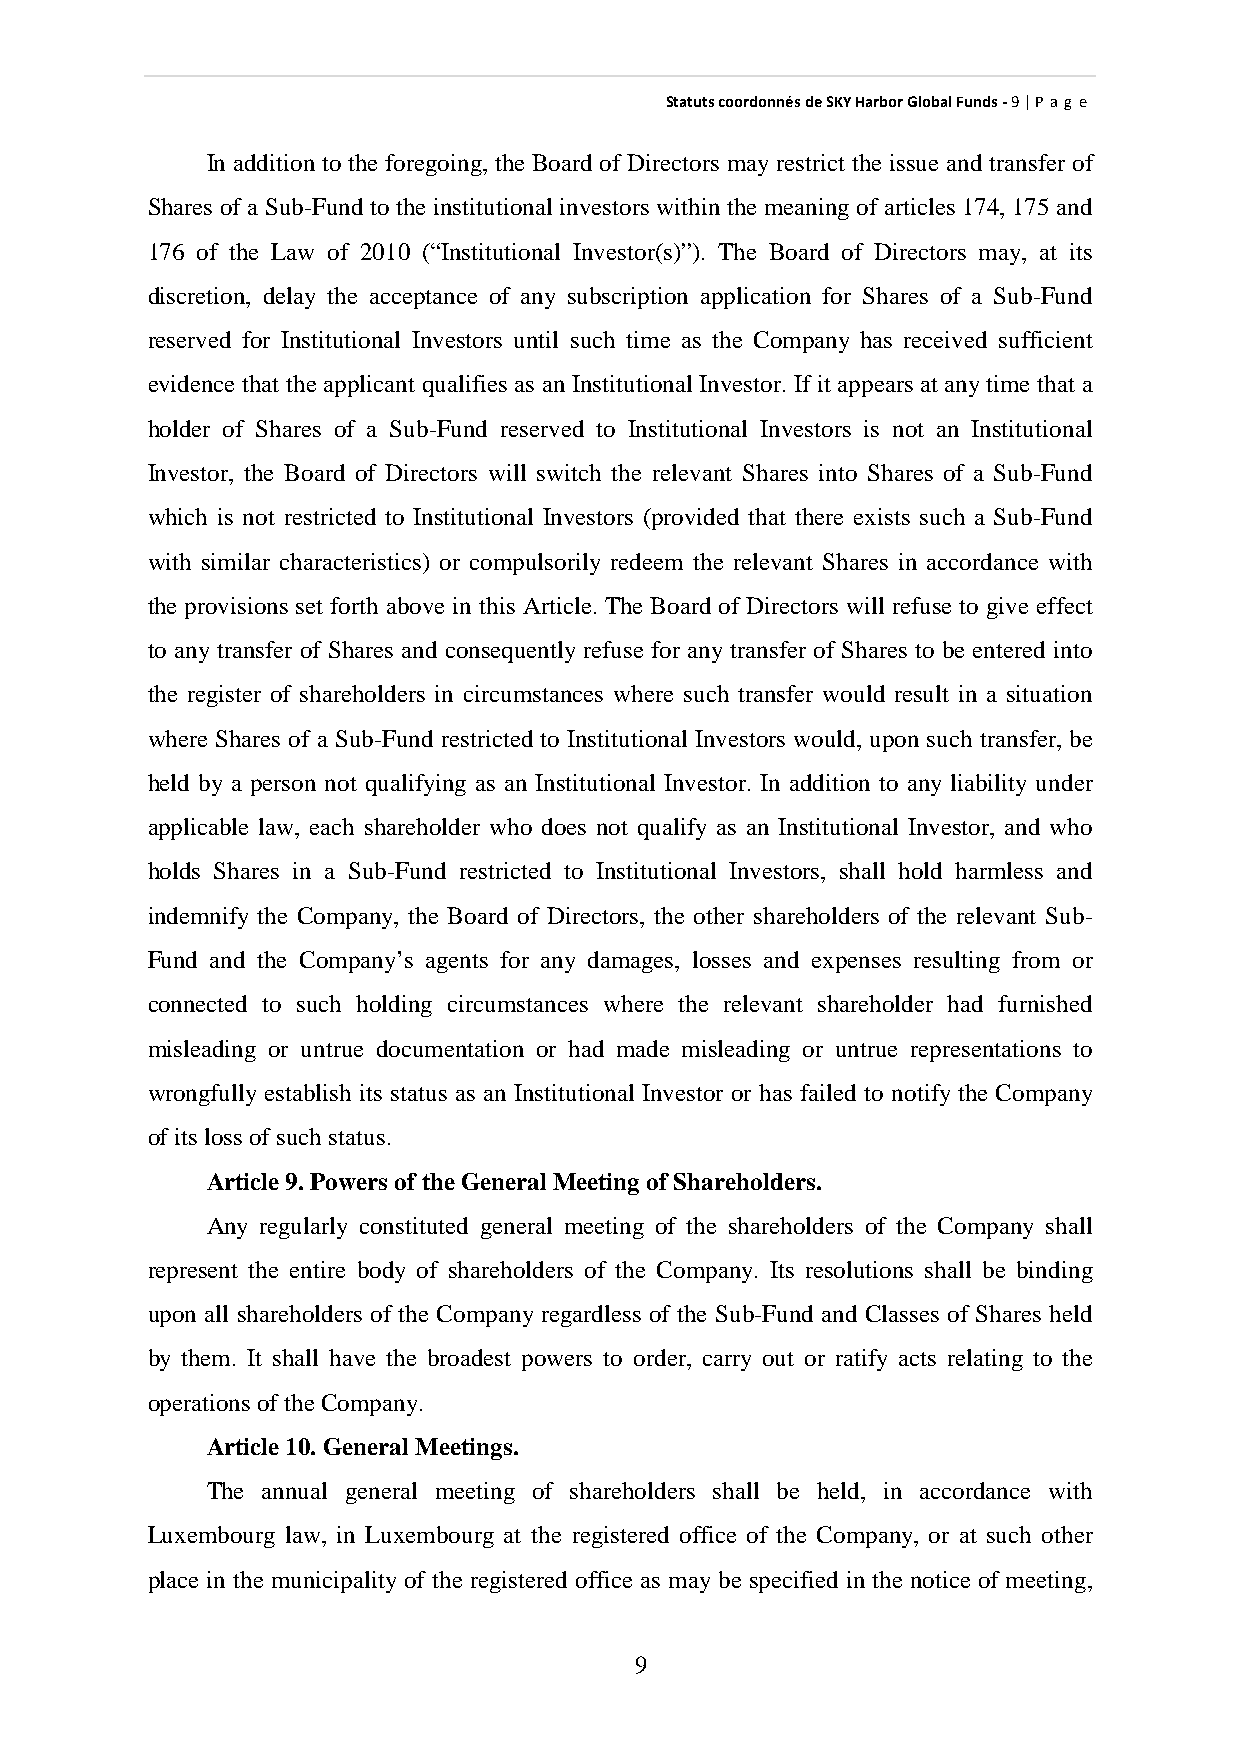
StatutscoordonnésdeSKYHarborGlobalFunds-9|P ag e
 In addition to the foregoing, the Board of Directors mayrestrict the issue and transfer of
 Shares of a Sub-Fund to the institutional investors within the meaningof articles 174, 175 and
 176 of the Law of 2010 (“Institutional Investor(s)”). The Board of Directors may, at its
 discretion, delay the acceptance of any subscription application for Shares of a Sub-Fund
 reserved for Institutional Investors until such time as the Company has received sufficient
 evidence that the applicant qualifies as an Institutional Investor. If it appears at anytime that a
 holder of Shares of a Sub-Fund reserved to Institutional Investors is not an Institutional
 Investor, the Board of Directors will switch the relevant Shares into Shares of a Sub-Fund
 which is not restricted to Institutional Investors (provided that there exists such a Sub-Fund
 with similar characteristics) or compulsorily redeem the relevant Shares in accordance with
 the provisions set forth above in this Article. The Board of Directors will refuse to give effect
 to any transfer of Shares and consequently refuse for any transfer of Shares to be entered into
 the register of shareholders in circumstances where such transfer would result in a situation
 where Shares of a Sub-Fund restricted to Institutional Investors would, upon such transfer, be
 held by a person not qualifying as an Institutional Investor. In addition to any liability under
 applicable law, each shareholder who does not qualify as an Institutional Investor, and who
 holds Shares in a Sub-Fund restricted to Institutional Investors, shall hold harmless and
 indemnify the Company, the Board of Directors, the other shareholders of the relevant Sub-
 Fund and the Company’s agents for any damages, losses and expenses resulting from or
 connected to such holding circumstances where the relevant shareholder had furnished
 misleading or untrue documentation or had made misleading or untrue representations to
 wrongfully establish its status as an Institutional Investor or has failed to notify the Company
 ofits loss ofsuchstatus.
 Article9.Powers of theGeneral Meetingof Shareholders.
 Any regularly constituted general meeting of the shareholders of the Company shall
 represent the entire body of shareholders of the Company. Its resolutions shall be binding
 upon all shareholders of the Company regardless of the Sub-Fund and Classes of Shares held
 by them. It shall have the broadest powers to order, carry out or ratify acts relating to the
 operations oftheCompany.
 Article10.General Meetings.
 The annual general meeting of shareholders shall be held, in accordance with
 Luxembourg law, in Luxembourg at the registered office of the Company, or at such other
 place in the municipality of the registered office as may be specified in the notice of meeting,
 9